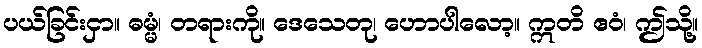
ပယ်ခြင်းငှာ။ ဓမ္မံ၊ တရားကို။ ဒေသေတု၊ ဟောပါလော့။ ဣတိ ဧဝံ၊ ဤသို့။